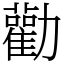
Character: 勸